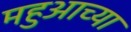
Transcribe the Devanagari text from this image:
महुआच्या